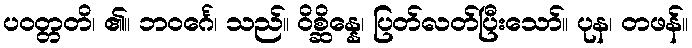
ပဝတ္တတိ၊ ၏။ ဘဝင်္ဂေ၊ သည်။ ဝိစ္ဆိန္နေ၊ ပြတ်လတ်ပြီးသော်။ ပုန၊ တဖန်။